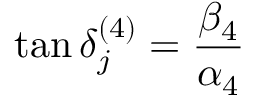
\tan \delta _ { j } ^ { ( 4 ) } = { \frac { \beta _ { 4 } } { \alpha _ { 4 } } }